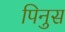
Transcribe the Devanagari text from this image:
पिनुस